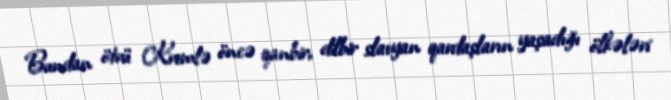
Bundan ötrü Kremlə öncə qanbir, dilbir slavyan qardaşların yaşadığı ölkələri